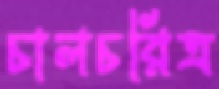
চালচরিত্র